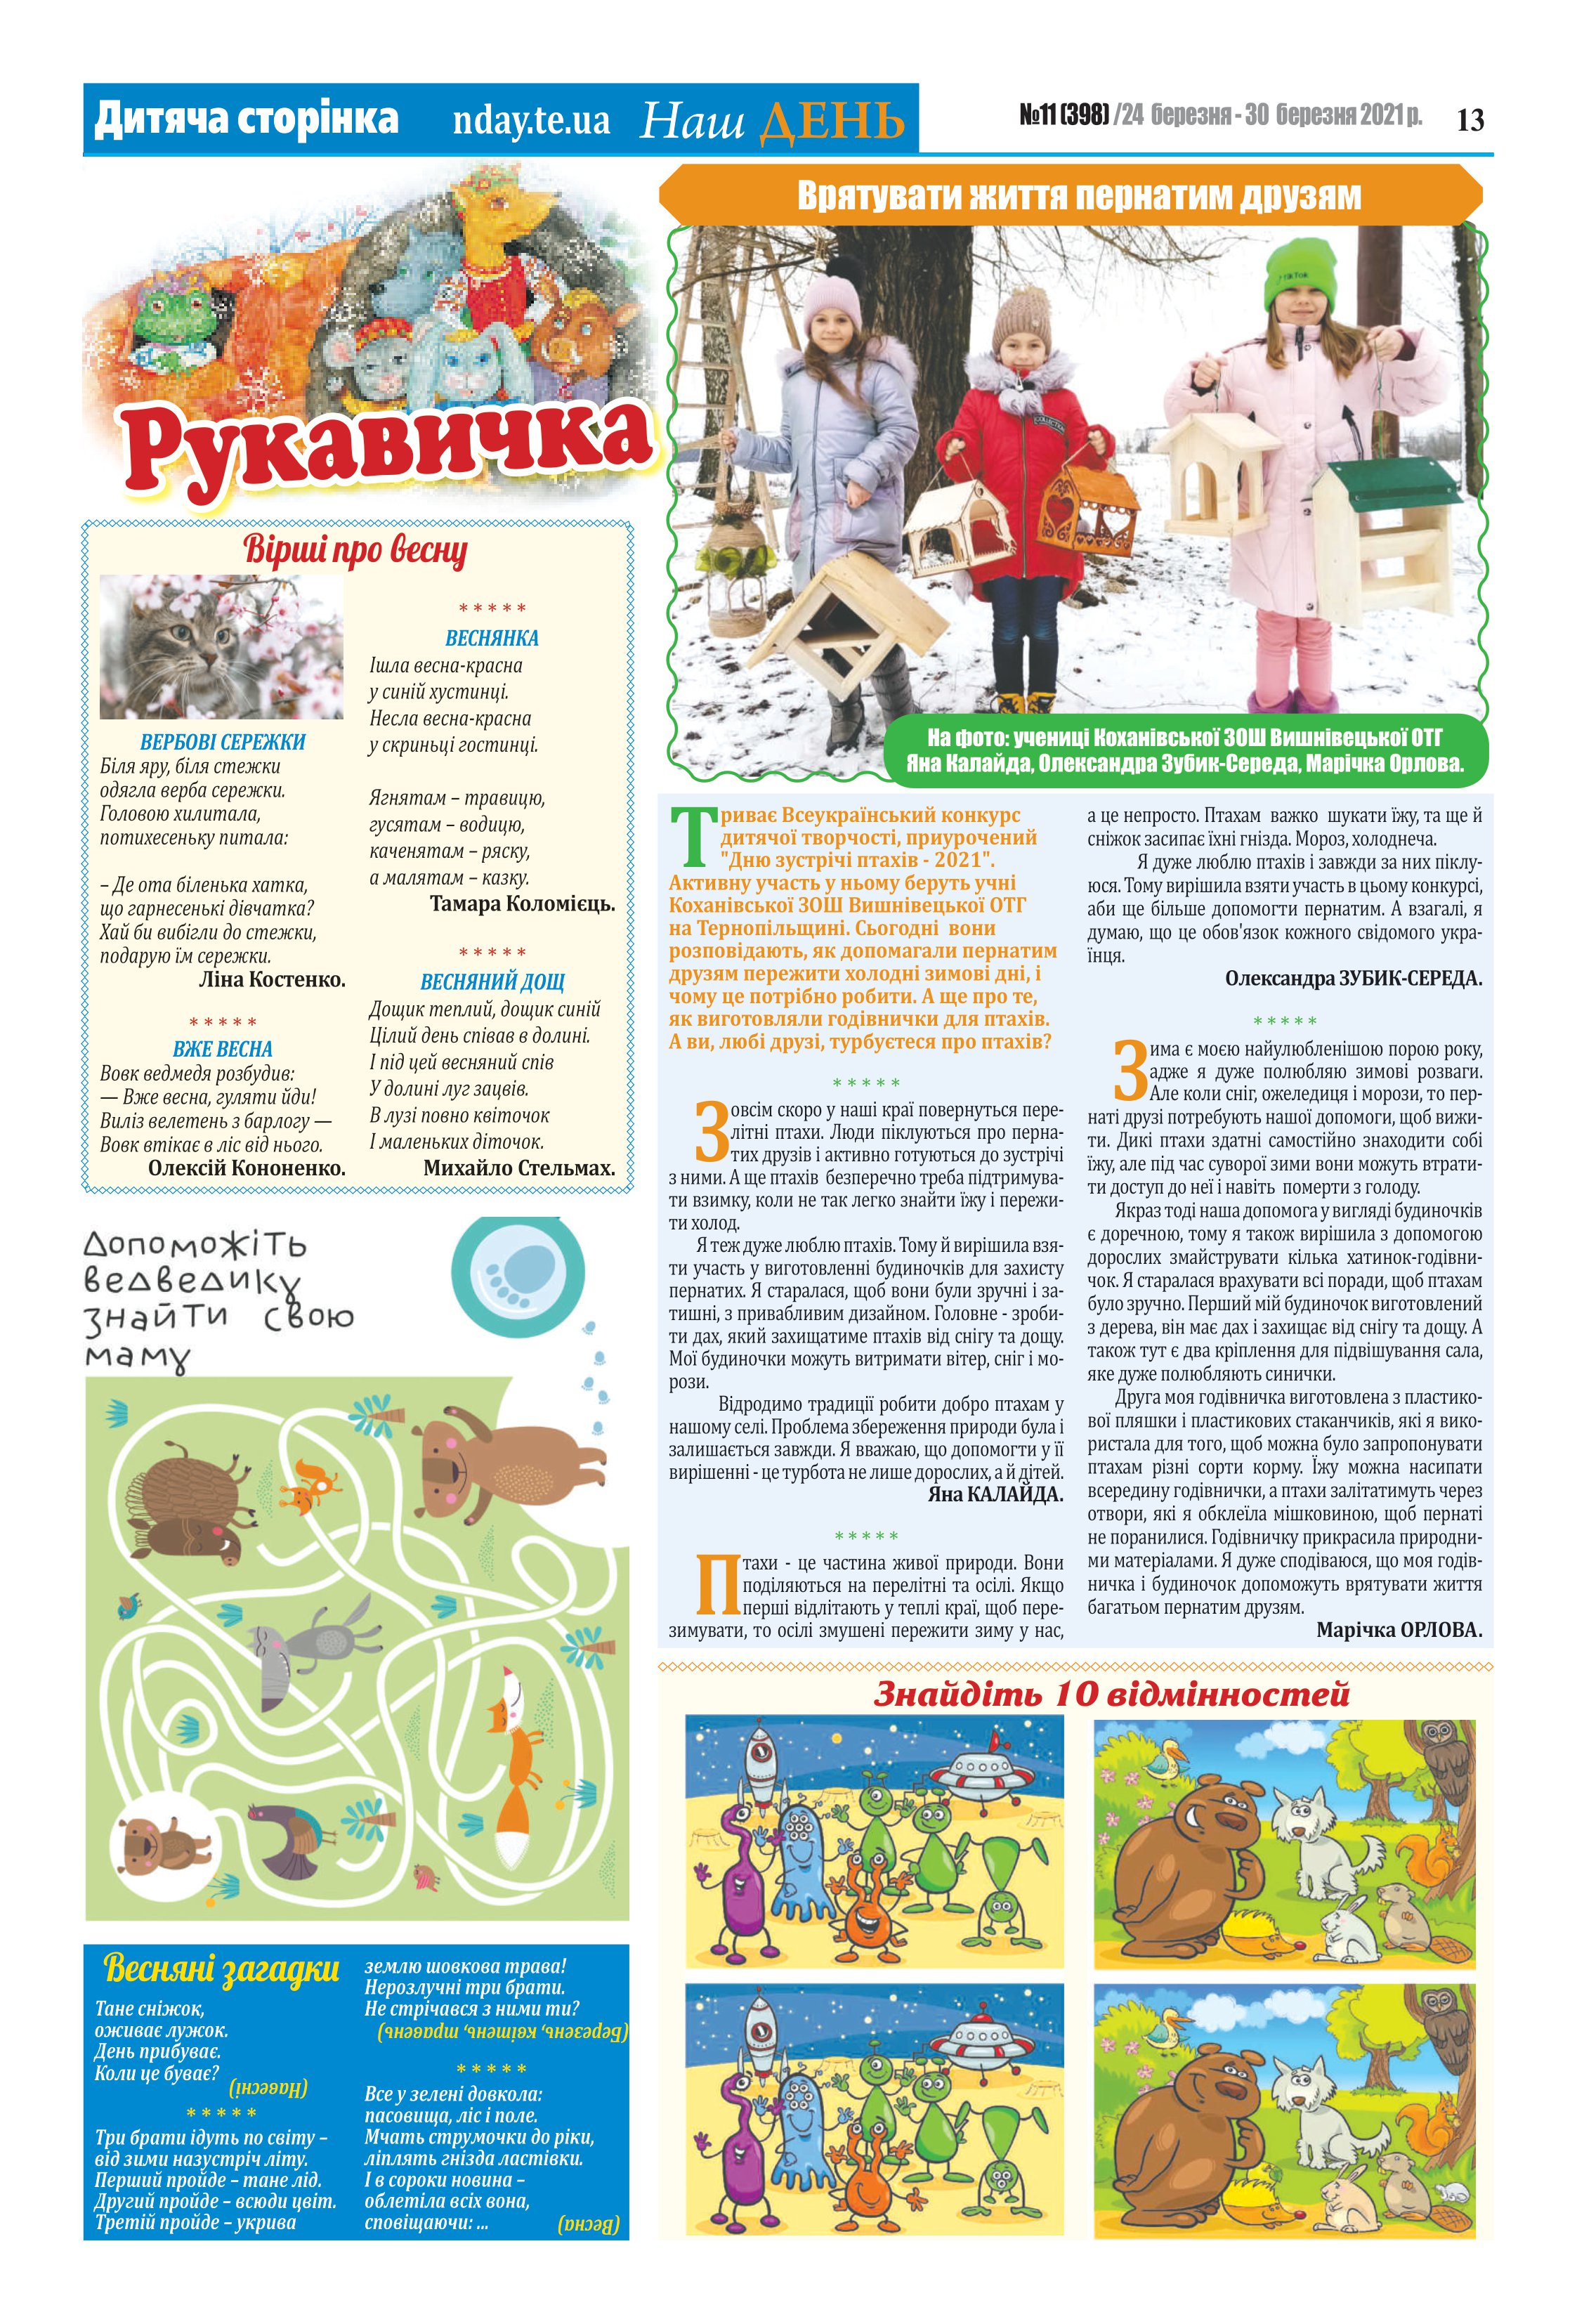
Language: uk